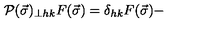
{ \cal P } ( \vec { \sigma } ) _ { \perp h k } F ( \vec { \sigma } ) = \delta _ { h k } F ( \vec { \sigma } ) -